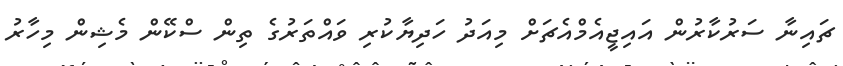
ޗައިނާ ސަރުކާރުން އައިޖީއެމްއެޗަށް މިއަދު ހަދިޔާކުރި ވައްތަރުގެ ތިން ސްކޭން މެޝިން މިހާރު